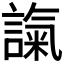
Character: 𧪢